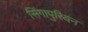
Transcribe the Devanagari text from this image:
सिंगापुरियन